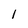
Character: 1